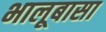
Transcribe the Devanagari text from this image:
भालूबासा